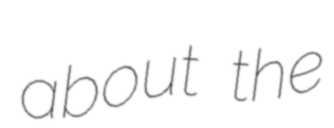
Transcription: about the